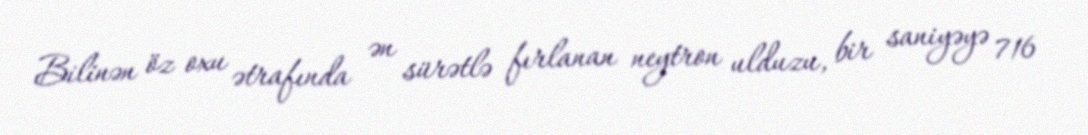
Bilinən öz oxu ətrafında ən sürətlə fırlanan neytron ulduzu, bir saniyəyə 716